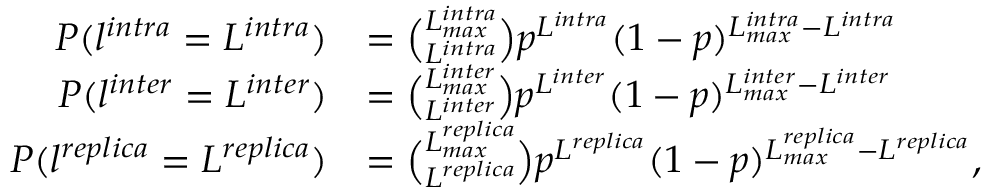
\begin{array} { r l } { P ( l ^ { i n t r a } = L ^ { i n t r a } ) } & { = \binom { L _ { m a x } ^ { i n t r a } } { L ^ { i n t r a } } p ^ { L ^ { i n t r a } } ( 1 - p ) ^ { L _ { m a x } ^ { i n t r a } - L ^ { i n t r a } } } \\ { P ( l ^ { i n t e r } = L ^ { i n t e r } ) } & { = \binom { L _ { m a x } ^ { i n t e r } } { L ^ { i n t e r } } p ^ { L ^ { i n t e r } } ( 1 - p ) ^ { L _ { m a x } ^ { i n t e r } - L ^ { i n t e r } } } \\ { P ( l ^ { r e p l i c a } = L ^ { r e p l i c a } ) } & { = \binom { L _ { m a x } ^ { r e p l i c a } } { L ^ { r e p l i c a } } p ^ { L ^ { r e p l i c a } } ( 1 - p ) ^ { L _ { m a x } ^ { r e p l i c a } - L ^ { r e p l i c a } } , } \end{array}